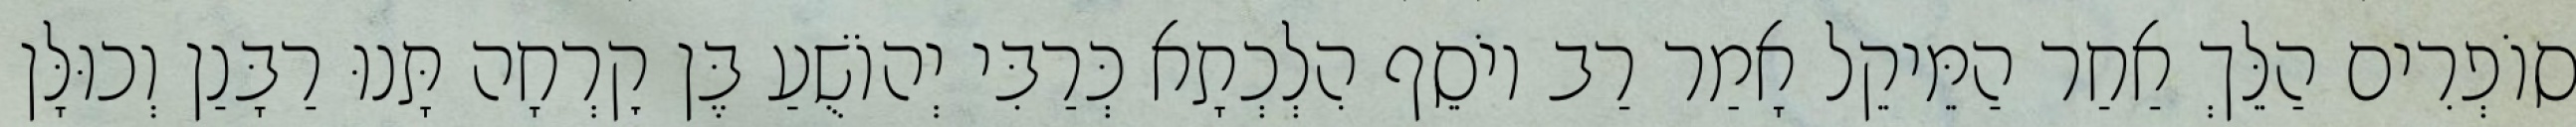
סוֹפְרִים הַלֵּךְ אַחַר הַמֵּיקֵל אָמַר רַב יוֹסֵף הִלְכְתָא כְּרַבִּי יְהוֹשֻׁעַ בֶּן קׇרְחָה תָּנוּ רַבָּנַן וְכוּלָּן